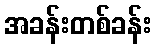
အခန်းတစ်ခန်း